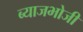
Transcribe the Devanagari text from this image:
ब्याजभोजी